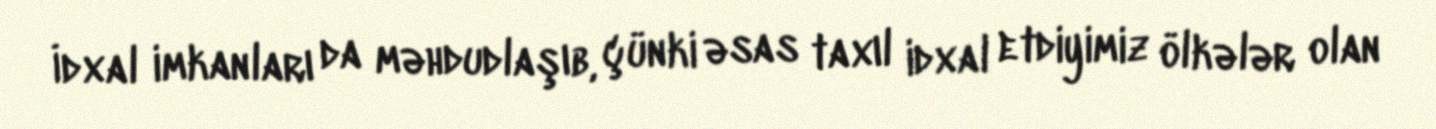
İdxal imkanları da məhdudlaşıb, çünki əsas taxıl idxal etdiyimiz ölkələr olan